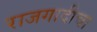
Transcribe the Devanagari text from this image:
राजगादीचा